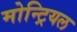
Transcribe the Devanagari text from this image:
मोन्ट्रियल